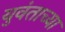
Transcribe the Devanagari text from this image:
युवंताच्या